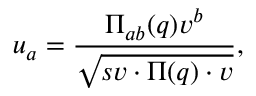
u _ { a } = \frac { \Pi _ { a b } ( q ) v ^ { b } } { \sqrt { s v \cdot \Pi ( q ) \cdot v } } ,